Annual report on the working of the mental hospitals in the Madras Presidency - 1912-1932
Year: 1912
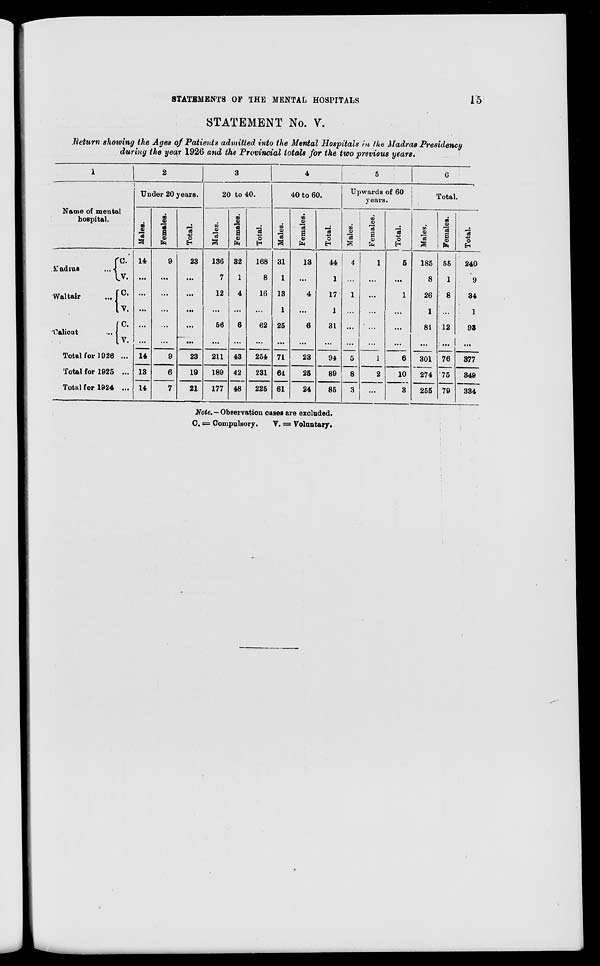
STATEMENTS OF THE MENTAL HOSPITALS
15
STATEMENT No. V.
Return showing the Ages of Patients admitted into the Mental Hospitals in the Madras Presidency
during the year 1926 and the Provincial totals for the two previous years.
1
Name of mental
hospital.
Madras …
Waltair …
Calicut …
C.
V.
C.
V.
C.
V.
Total for 1926 ...
Total for 1925 ...
Total for 1924 ...
2
Under 20 years.
Males.
14
…
…
…
…
...
14
13
14
Females.
9
...
...
...
...
…
9
6
7
Total.
23
...
...
…
...
...
23
19
21
3
20 to 40.
Males.
136
7
12
...
56
...
211
189
177
Females.
32
1
4
…
6
...
43
42
48
Total.
168
8
16
...
62
...
254
231
225
4
40 to 60.
Males.
31
1
13
1
25
…
71
64
61
Females.
13
...
4
…
6
...
23
25
24
Total.
44
1
17
1
31
...
94
89
85
5
Upwards of 60
years.
Males.
4
...
1
...
…
...
5
8
3
Females.
1
...
...
...
...
...
1
2
...
Total.
5
...
1
...
…
...
6
10
3
6
Total.
Males.
185
8
26
1
81
...
301
274
255
Females.
55
1
8
...
12
...
76
75
79
Total.
240
9
34
1
93
...
377
349
334
Note.—Observation cases are excluded.
C. = Compulsory.
V. = Voluntary.